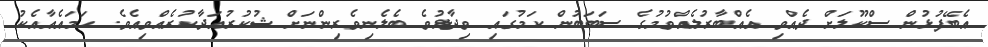
އެބޭފުޅުން ސްކޫލަށް ދެއްވި އެއްބާރުލެއްވުމުގެ ސަބަބުން ކަމުގައި ވިދާޅުވެ ބެލެނިވެރިންނަށް ޝުކުރުއަދާކުރެއްވިއެވެ. ހަމައެއާއެކު